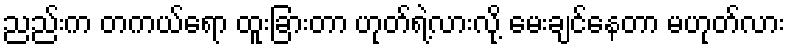
ညည်းက တကယ်ရော ထူးခြားတာ ဟုတ်ရဲ့လားလို့ မေးချင်နေတာ မဟုတ်လား